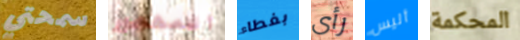
سمحتي المهجور بغطاء رأى أليس المحكمة